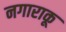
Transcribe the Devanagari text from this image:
नगाराकू